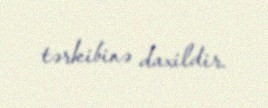
tərkibinə daxildir.